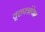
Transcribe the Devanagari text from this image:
वृत्तपत्रांपेक्षा